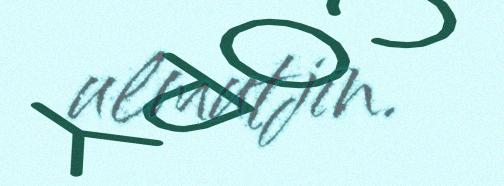
ulmutjin.